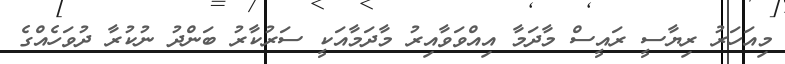
މިއަހަރު ރިޔާސީ ރައީސް މާދަމާ އިއްވަވާއިރު މާދަމާއަކީ ސަރުކާރު ބަންދު ނުކުރާ ދުވަހެއްގެ